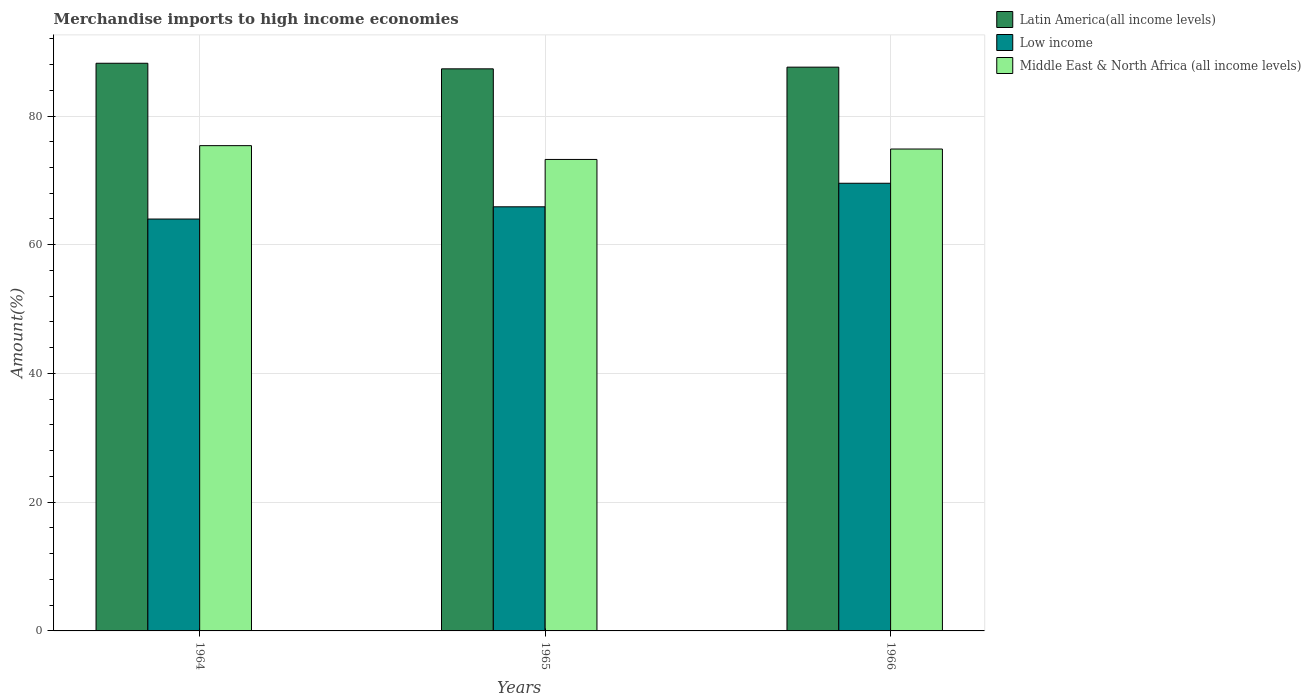
| Years | Latin America(all income levels) | Low income | Middle East & North Africa (all income levels) |
 | --- | --- | --- | --- |
 | 1964 | 88.2 | 64 | 75.4 |
 | 1965 | 87.3 | 65.9 | 73.3 |
 | 1966 | 87.6 | 69.6 | 74.9 |